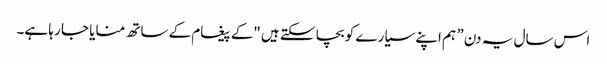
اس سال یہ دن ” ہم اپنے سیارے کو بچا سکتے ہیں "کے پیغام کے ساتھ منایا جا رہا ہے۔